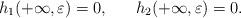
LaTeX: \begin{align*} h_{1}(+\infty,\varepsilon)=0,\ \ \ \ \ h_{2}(+\infty,\varepsilon)=0.\end{align*}